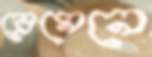
ব্রেমেনে